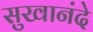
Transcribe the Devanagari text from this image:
सुखानंदे